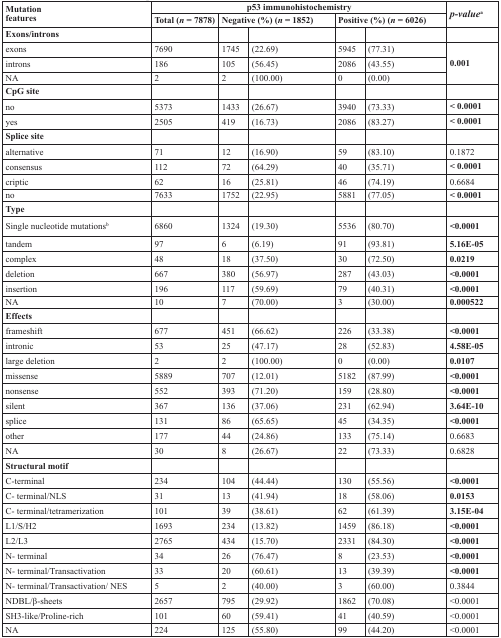
<table><thead><tr><td rowspan="2"><b>Mutation features</b></td><td colspan="5"><b>p53 immunohistochemistry</b></td><td rowspan="2"><b><i>p-value</i><sup>a</sup></b></td></tr><tr><td><b>Total (<i>n</i> = 7878)</b></td><td colspan="2"><b>Negative (%) (<i>n</i> = 1852)</b></td><td colspan="2"><b>Positive (%) (<i>n</i> = 6026)</b></td></tr></thead><tbody><tr><td><b>Exons/introns</b></td><td></td><td></td><td></td><td></td><td></td><td></td></tr><tr><td>exons</td><td>7690</td><td>1745</td><td>(22.69)</td><td>5945</td><td>(77.31)</td><td rowspan="3"><b>0.001</b></td></tr><tr><td>introns</td><td>186</td><td>105</td><td>(56.45)</td><td>2086</td><td>(43.55)</td></tr><tr><td>NA</td><td>2</td><td>2</td><td>(100.00)</td><td>0</td><td>(0.00)</td></tr><tr><td><b>CpG site</b></td><td></td><td></td><td></td><td></td><td></td><td></td></tr><tr><td>no</td><td>5373</td><td>1433</td><td>(26.67)</td><td>3940</td><td>(73.33)</td><td><b>&lt; 0.0001</b></td></tr><tr><td>yes</td><td>2505</td><td>419</td><td>(16.73)</td><td>2086</td><td>(83.27)</td><td><b>&lt; 0.0001</b></td></tr><tr><td><b>Splice site</b></td><td></td><td></td><td></td><td></td><td></td><td></td></tr><tr><td>alternative</td><td>71</td><td>12</td><td>(16.90)</td><td>59</td><td>(83.10)</td><td>0.1872</td></tr><tr><td>consensus</td><td>112</td><td>72</td><td>(64.29)</td><td>40</td><td>(35.71)</td><td><b>&lt; 0.0001</b></td></tr><tr><td>criptic</td><td>62</td><td>16</td><td>(25.81)</td><td>46</td><td>(74.19)</td><td>0.6684</td></tr><tr><td>no</td><td>7633</td><td>1752</td><td>(22.95)</td><td>5881</td><td>(77.05)</td><td><b>&lt; 0.0001</b></td></tr><tr><td><b>Type</b></td><td></td><td></td><td></td><td></td><td></td><td></td></tr><tr><td>Single nucleotide mutations<sup>b</sup></td><td>6860</td><td>1324</td><td>(19.30)</td><td>5536</td><td>(80.70)</td><td><b>&lt;0.0001</b></td></tr><tr><td>tandem</td><td>97</td><td>6</td><td>(6.19)</td><td>91</td><td>(93.81)</td><td><b>5.16E-05</b></td></tr><tr><td>complex</td><td>48</td><td>18</td><td>(37.50)</td><td>30</td><td>(72.50)</td><td><b>0.0219</b></td></tr><tr><td>deletion</td><td>667</td><td>380</td><td>(56.97)</td><td>287</td><td>(43.03)</td><td><b>&lt;0.0001</b></td></tr><tr><td>insertion</td><td>196</td><td>117</td><td>(59.69)</td><td>79</td><td>(40.31)</td><td><b>&lt;0.0001</b></td></tr><tr><td>NA</td><td>10</td><td>7</td><td>(70.00)</td><td>3</td><td>(30.00)</td><td><b>0.000522</b></td></tr><tr><td><b>Effects</b></td><td></td><td></td><td></td><td></td><td></td><td></td></tr><tr><td>frameshift</td><td>677</td><td>451</td><td>(66.62)</td><td>226</td><td>(33.38)</td><td><b>&lt;0.0001</b></td></tr><tr><td>intronic</td><td>53</td><td>25</td><td>(47.17)</td><td>28</td><td>(52.83)</td><td><b>4.58E-05</b></td></tr><tr><td>large deletion</td><td>2</td><td>2</td><td>(100.00)</td><td>0</td><td>(0.00)</td><td><b>0.0107</b></td></tr><tr><td>missense</td><td>5889</td><td>707</td><td>(12.01)</td><td>5182</td><td>(87.99)</td><td><b>&lt;0.0001</b></td></tr><tr><td>nonsense</td><td>552</td><td>393</td><td>(71.20)</td><td>159</td><td>(28.80)</td><td><b>&lt;0.0001</b></td></tr><tr><td>silent</td><td>367</td><td>136</td><td>(37.06)</td><td>231</td><td>(62.94)</td><td><b>3.64E-10</b></td></tr><tr><td>splice</td><td>131</td><td>86</td><td>(65.65)</td><td>45</td><td>(34.35)</td><td><b>&lt;0.0001</b></td></tr><tr><td>other</td><td>177</td><td>44</td><td>(24.86)</td><td>133</td><td>(75.14)</td><td>0.6683</td></tr><tr><td>NA</td><td>30</td><td>8</td><td>(26.67)</td><td>22</td><td>(73.33)</td><td>0.6828</td></tr><tr><td><b>Structural motif</b></td><td></td><td></td><td></td><td></td><td></td><td></td></tr><tr><td>C-terminal</td><td>234</td><td>104</td><td>(44.44)</td><td>130</td><td>(55.56)</td><td><b>&lt;0.0001</b></td></tr><tr><td>C- terminal/NLS</td><td>31</td><td>13</td><td>(41.94)</td><td>18</td><td>(58.06)</td><td><b>0.0153</b></td></tr><tr><td>C- terminal/tetramerization</td><td>101</td><td>39</td><td>(38.61)</td><td>62</td><td>(61.39)</td><td><b>3.15E-04</b></td></tr><tr><td>L1/S/H2</td><td>1693</td><td>234</td><td>(13.82)</td><td>1459</td><td>(86.18)</td><td><b>&lt;0.0001</b></td></tr><tr><td>L2/L3</td><td>2765</td><td>434</td><td>(15.70)</td><td>2331</td><td>(84.30)</td><td><b>&lt;0.0001</b></td></tr><tr><td>N- terminal</td><td>34</td><td>26</td><td>(76.47)</td><td>8</td><td>(23.53)</td><td><b>&lt;0.0001</b></td></tr><tr><td>N- terminal/Transactivation</td><td>33</td><td>20</td><td>(60.61)</td><td>13</td><td>(39.39)</td><td><b>&lt;0.0001</b></td></tr><tr><td>N- terminal/Transactivation/ NES</td><td>5</td><td>2</td><td>(40.00)</td><td>3</td><td>(60.00)</td><td>0.3844</td></tr><tr><td>NDBL/β-sheets</td><td>2657</td><td>795</td><td>(29.92)</td><td>1862</td><td>(70.08)</td><td>&lt;0.0001</td></tr><tr><td>SH3-like/Proline-rich</td><td>101</td><td>60</td><td>(59.41)</td><td>41</td><td>(40.59)</td><td>&lt;0.0001</td></tr><tr><td>NA</td><td>224</td><td>125</td><td>(55.80)</td><td>99</td><td>(44.20)</td><td>&lt;0.0001</td></tr></tbody></table>